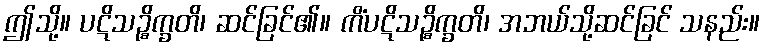
ဤသို့။ ပဋိသဉ္စိက္ခတိ၊ ဆင်ခြင်၏။ ကိံပဋိသဉ္စိက္ခတိ၊ အဘယ်သို့ဆင်ခြင် သနည်း။